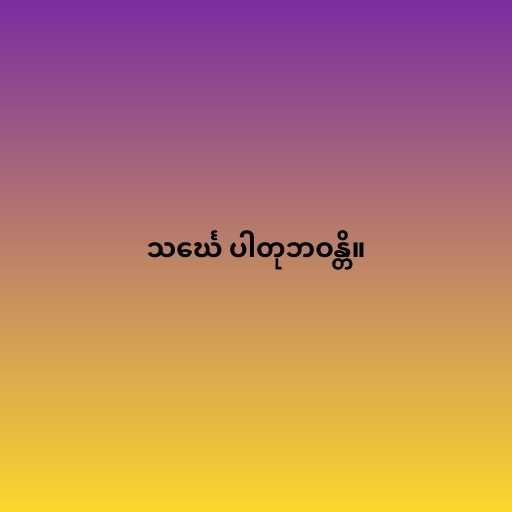
သင်္ဃေ ပါတုဘဝန္တိ။